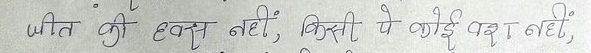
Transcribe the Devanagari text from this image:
जीत की हवस नहीं, किसी पे कोई वश नहीं,